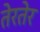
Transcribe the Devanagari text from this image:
तेरतेर